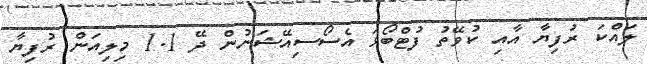
ލައްކަ ރުފިޔާ އާއި ކުވޭތު ފުޓްބޯޅަ އެސޯސިއޭޝަނުން ދޭ 1.1 މިލިއަން ރުފިޔާ